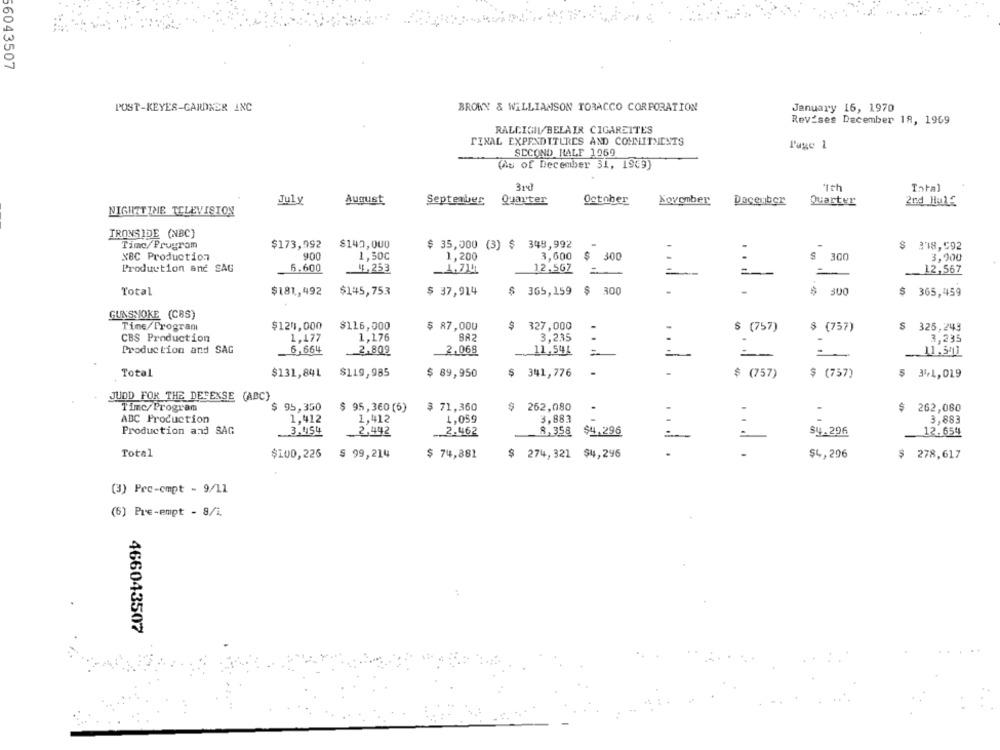
6043507
POST-KEYES-GARDNER INC
BROWN & WILLIAMSON TOBACCO CORPORATION
January 16, 1970
Revises December 18, 1969
RALCIGIL/BELAIR CIGARETTES
FINAL EXPENDITURES AND COMMITMENTS
Page 1
SECOND HALF 1069
(As of December 31, 1969)
3rd
*Ith
Total
July
August
September Quarter
October
November
December
Quarter
2nd Hul£
NIGHTTTHE TELEVISION
IRONSIDE (NBC)
Timc/Program
$173,992
$142,000
$ 35,000 (3) $ 348,992
=
$ 318,592
900
1,50C
3,600
S
300
NBC Production
1,200
$ 300
3,900
Production and SAG
6.600
11.253
_1,714
12,567
=
12,567
Total
$181 ., 492
$145,753
$ 37,914
$ 365,159 $ 300
-
300
$ 365,459
GUNSMOKE (CBS)
Time/Program
$124,000
$116,000
$ 87,000
$ 327,000
-
$ (757)
$ (757)
$ 325,243
CBS Production
1,177
1,176
BA2
3,235
..
3.235
-
Production and SAG
6,664
2.809
2.068
11,541
11.543
Total
$131,841
$119,985
$ 89,950
$ 341,776
$ (757)
$ (757)
$ 341,019
JUDD FOR THE DEFENSE (ABC)
Timc/Program
$ 95,350
$ 95,360 (6)
$ 71,360
$ 262,080
$ 262,080
ABC Production
1,412
1,412
1,059
3.883
-
3,883
Production and SAG
.3.4154
2.442
2.462
8,358
$4,296
$4.296
12,654
Total
$100,225
$ 99,214
$ 74,881
$ 274,321 $4,296
$4,296
$ 278,617
(3) Pec-ompt - 9/11
(6) Pre-empt - 8/1.
466043507